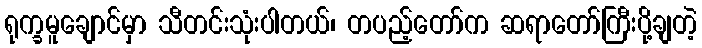
ရုက္ခမူချောင်မှာ သီတင်းသုံးပါတယ်၊ တပည့်တော်က ဆရာတော်ကြီးပို့ချတဲ့